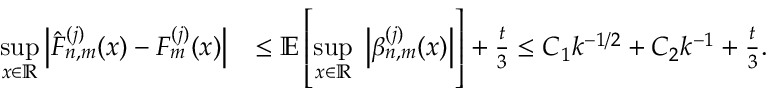
\begin{array} { r l } { \underset { x \in \mathbb { R } } { \operatorname* { s u p } } \left| \hat { F } _ { n , m } ^ { ( j ) } ( x ) - F _ { m } ^ { ( j ) } ( x ) \right| } & { \leq \mathbb { E } \left[ \underset { x \in \mathbb { R } } { \operatorname* { s u p } } \; \left| \beta _ { n , m } ^ { ( j ) } ( x ) \right| \right] + \frac { t } { 3 } \leq C _ { 1 } k ^ { - 1 / 2 } + C _ { 2 } k ^ { - 1 } + \frac { t } { 3 } . } \end{array}